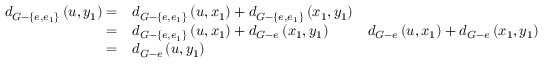
\begin{array} { r l r } { d _ { G - \{ e , e _ { 1 } \} } \left( u , y _ { 1 } \right) = } & { d _ { G - \{ e , e _ { 1 } \} } \left( u , x _ { 1 } \right) + d _ { G - \{ e , e _ { 1 } \} } \left( x _ { 1 } , y _ { 1 } \right) } \\ { = } & { d _ { G - \{ e , e _ { 1 } \} } \left( u , x _ { 1 } \right) + d _ { G - e } \left( x _ { 1 } , y _ { 1 } \right) \ } & { d _ { G - e } \left( u , x _ { 1 } \right) + d _ { G - e } \left( x _ { 1 } , y _ { 1 } \right) } \\ { = } & { d _ { G - e } \left( u , y _ { 1 } \right) } \end{array}